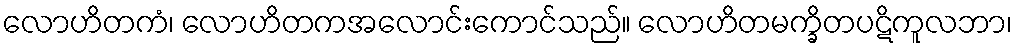
လောဟိတကံ၊ လောဟိတကအလောင်းကောင်သည်။ လောဟိတမက္ခိတပဋိကူလဘာ၊